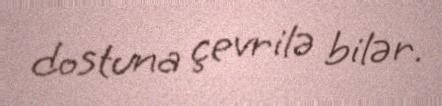
dostuna çevrilə bilər.